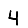
Digit: 4